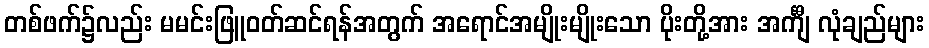
တစ်ဖက်၌လည်း မမင်းဖြူဝတ်ဆင်ရန်အတွက် အရောင်အမျိုးမျိုးသော ပိုးတို့အား အင်္ကျီ လုံချည်များ